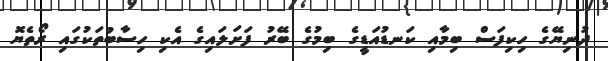
ދުނިޔޭގެ ހިކިފަސް ބިމާއި ކަނޑުއަޑީގެ ބިމުގެ ބޭރު ފަށަލައިގެ އެކި ހިސާބުތަކުގައި ރޯތެޔޮ